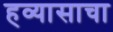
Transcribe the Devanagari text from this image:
हव्यासाचा